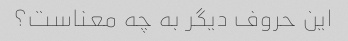
این حروف دیگر به چه معناست؟